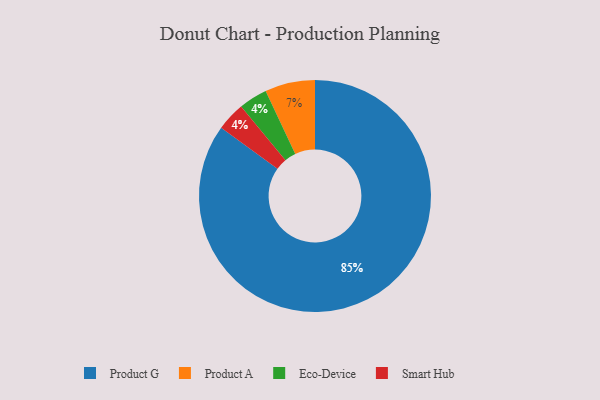
{"axis": {"x": "Category", "y": "Percentage"}, "legend": ["Eco-Device", "Product A", "Product G", "Smart Hub"], "data": [{"x": "Eco-Device", "y": 4, "type": "Eco-Device"}, {"x": "Smart Hub", "y": 4, "type": "Smart Hub"}, {"x": "Product G", "y": 85, "type": "Product G"}, {"x": "Product A", "y": 7, "type": "Product A"}]}